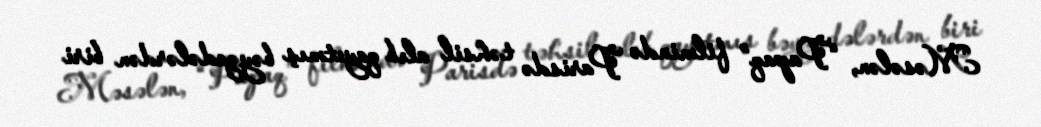
Məsələn, “Papaq” filmində Parisdə təhsil alıb qayıtmış bəyzadələrdən biri